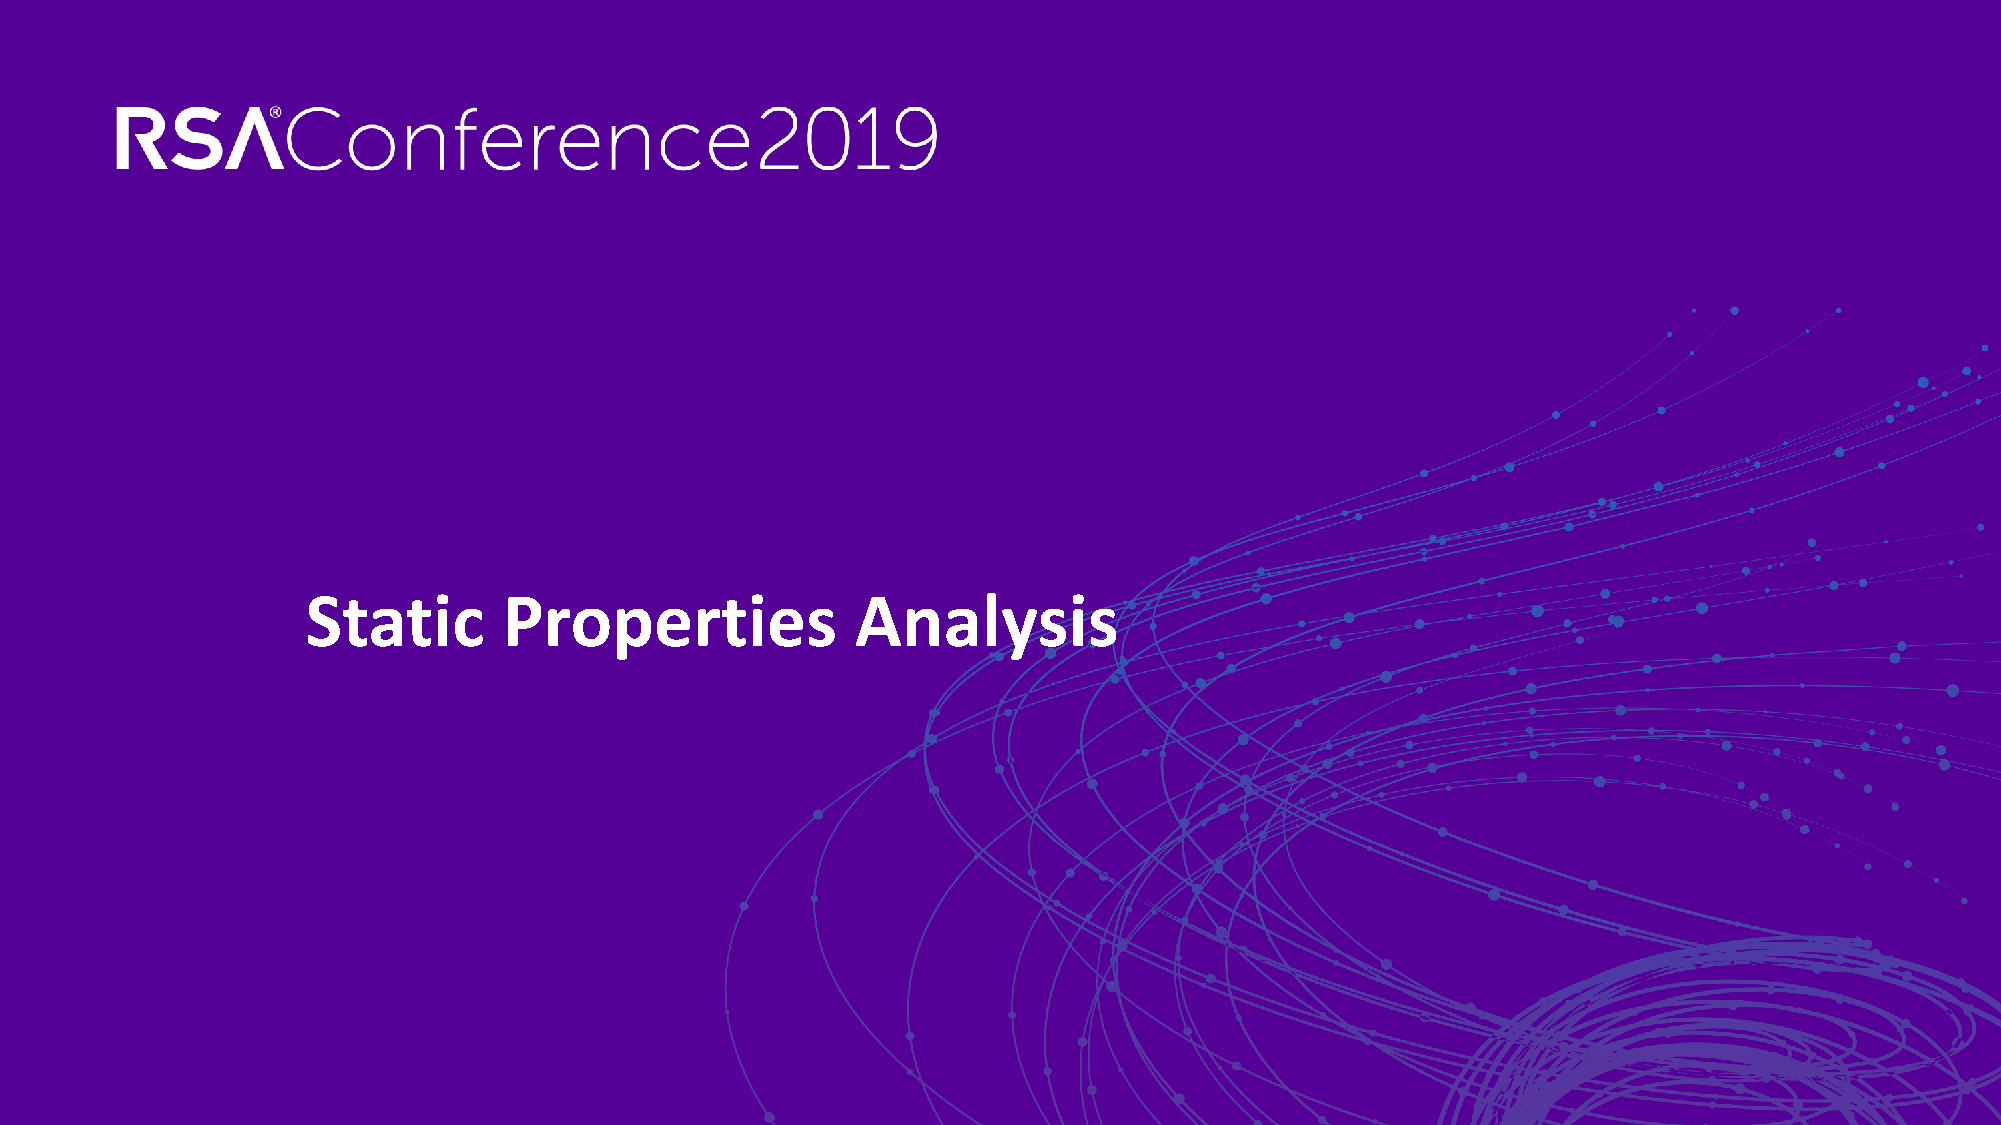
Static       Properties              Analysis
 4